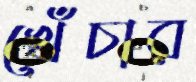
খেঁচার